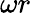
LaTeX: \omega r